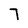
Character: 7